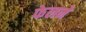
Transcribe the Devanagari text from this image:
फेलने